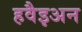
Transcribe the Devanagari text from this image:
हवैइअन